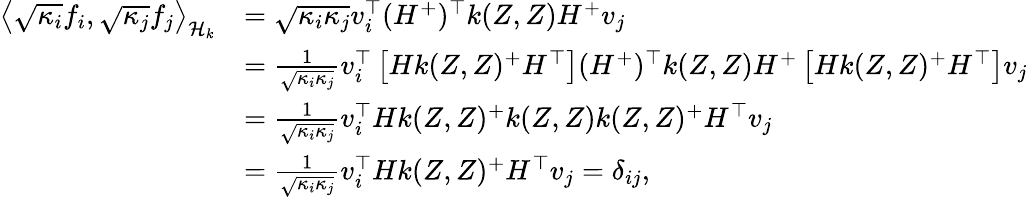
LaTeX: \begin{array}{rl}{\left\langle\sqrt{\kappa_{i}}f_{i},\sqrt{\kappa_{j}}f_{j}\right\rangle_{\mathcal{H}_{k}}}&{=\sqrt{\kappa_{i}\kappa_{j}}v_{i}^{\top}(H^{+})^{\top}k(Z,Z)H^{+}v_{j}}\\ &{=\frac 1{\sqrt{\kappa_{i}\kappa_{j}}}v_{i}^{\top}\left[Hk(Z,Z)^{+}H^{\top}\right](H^{+})^{\top}k(Z,Z)H^{+}\left[Hk(Z,Z)^{+}H^{\top}\right]v_{j}}\\ &{=\frac 1{\sqrt{\kappa_{i}\kappa_{j}}}v_{i}^{\top}Hk(Z,Z)^{+}k(Z,Z)k(Z,Z)^{+}H^{\top}v_{j}}\\ &{=\frac 1{\sqrt{\kappa_{i}\kappa_{j}}}v_{i}^{\top}Hk(Z,Z)^{+}H^{\top}v_{j}=\delta_{ij},}\end{array}